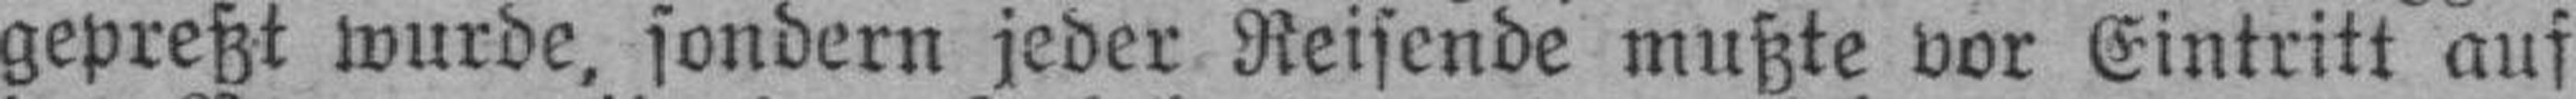
gepreßt wurde, sondern jeder Reisende mußte vor Eintritt auf